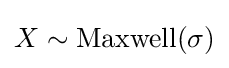
X\sim \mathrm {Maxwell} (\sigma )